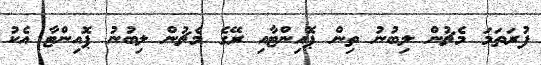
ފުރަތަމަ މެޗުން ލިބުނު ތިން ޕޮއިންޓާއި ރޭގެ މެޗުން ލިބުނު ޕޮއިންޓާ އެކު